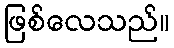
ဖြစ်လေသည်။